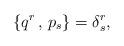
LaTeX: \begin{align*}\{ q^r\,,\,p_s \} = \delta^r_s , \end{align*}